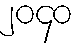
၂၀၄၀